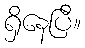
ရှိနေပြီ။